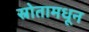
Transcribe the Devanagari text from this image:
स्रोतामधून